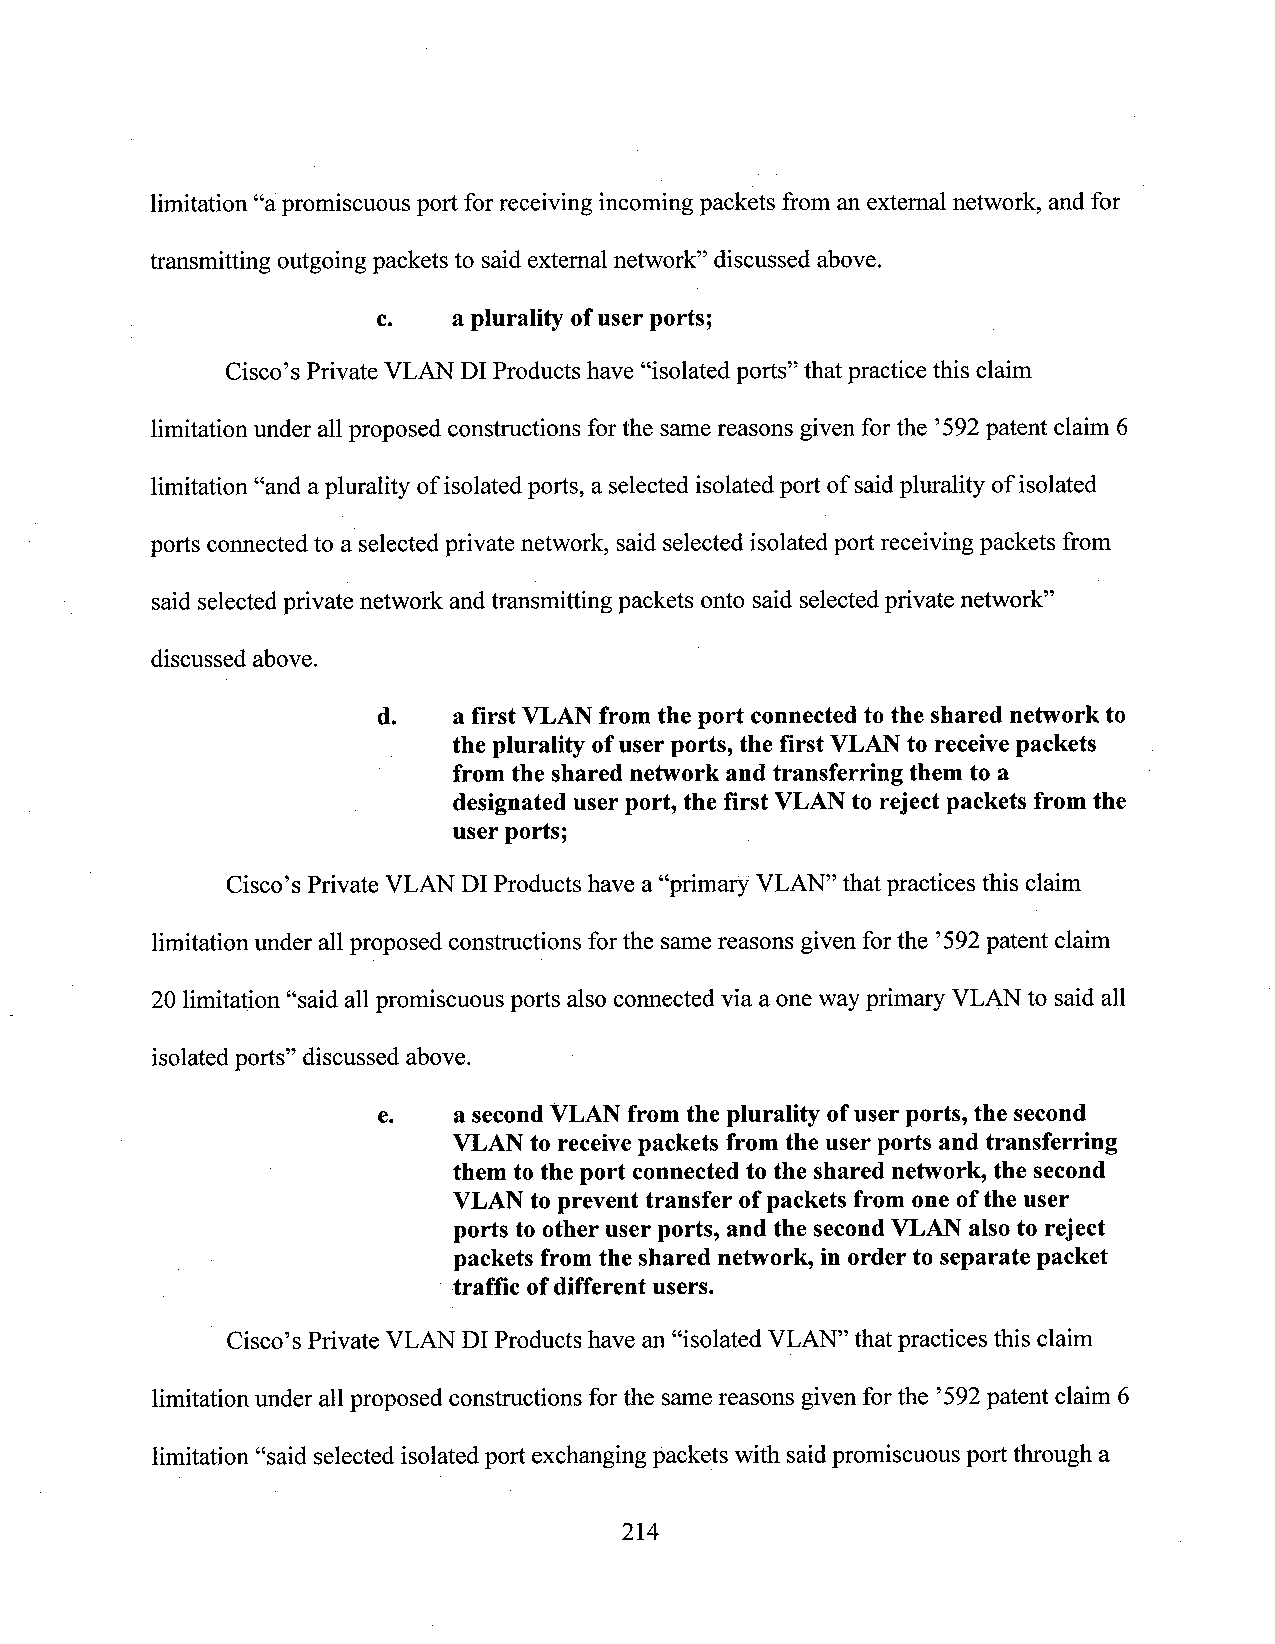
limitation “apromiscuous port for receiving incoming packets from an extemal network, and for
 transmitting outgoing packets to said extemal network” discussed above.
 c.   a plurality ofuser ports;
 Cisco’sPrivate VLAN DI Products have “isolated ports” that practice this claim
 limitation under allproposed constructions forthe same reasons given forthe ’592patent claim 6
 limitation“and aplurality ofisolatedports, a selected isolatedport of saidplurality of isolated
 ports connected to a selected private network, said selected isolated port receiving packets from
 said selectedprivate network andtransmitting packets onto said selectedprivate network”
 discussed above.
 d.   a first VLANfrom the port connectedto the shared network to
 the plurality ofuser ports, the first VLANto receivepackets
 from the shared network and transferring them to a
 designateduser port, the first VLANto reject packets from the
 user ports;
 Cisc0’s Private VLAN DI Products have a “primary VLAN” thatpractices this claim
 limitation under all proposed constructions forthe same reasons given forthe ’592patent claim
 20 limitation “said all promiscuous ports also connected via aone way primary VLAN to said all
 isolated ports” discussed above.
 e.   a second VLANfrom the plurality ofuser ports, the second
 VLANtoreceivepackets from the user ports and transferring
 them to the port connectedto the shared network, the second
 VLANtoprevent transfer ofpackets from oneofthe user
 ports to other user ports, and the secondVLANalsoto reject
 packets fromthe shared network, in order toseparate packet
 traffic ofdifferent users.
 Cisco’s Private VLAN DI Products have an “isolated VLAN” that practices this claim
 limitation under all proposed constructions forthe samereasons given forthe ’592patent claim 6
 limitation “said selected isolated port exchangingpackets with saidpromiscuousport through a
 214